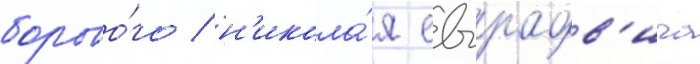
борово́го / н'икола́я евграфов'ича